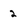
Character: 2